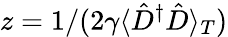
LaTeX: z=1/(2\gamma\langle\hat{D}^{\dagger}\hat{D}\rangle_{T})